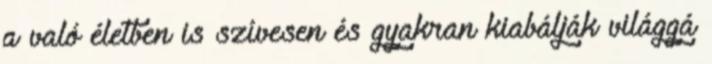
a való életben is szívesen és gyakran kiabálják világgá